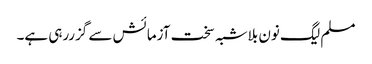
مسلم لیگ نون بلاشبہ سخت آزمائش سے گزررہی ہے۔